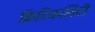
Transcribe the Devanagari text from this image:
क्रिटिकलिटी